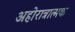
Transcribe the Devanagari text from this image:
अहोरात्रात्मक